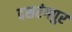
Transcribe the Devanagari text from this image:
दशरंगपुर